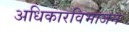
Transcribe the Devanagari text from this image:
अधिकारविभाजन